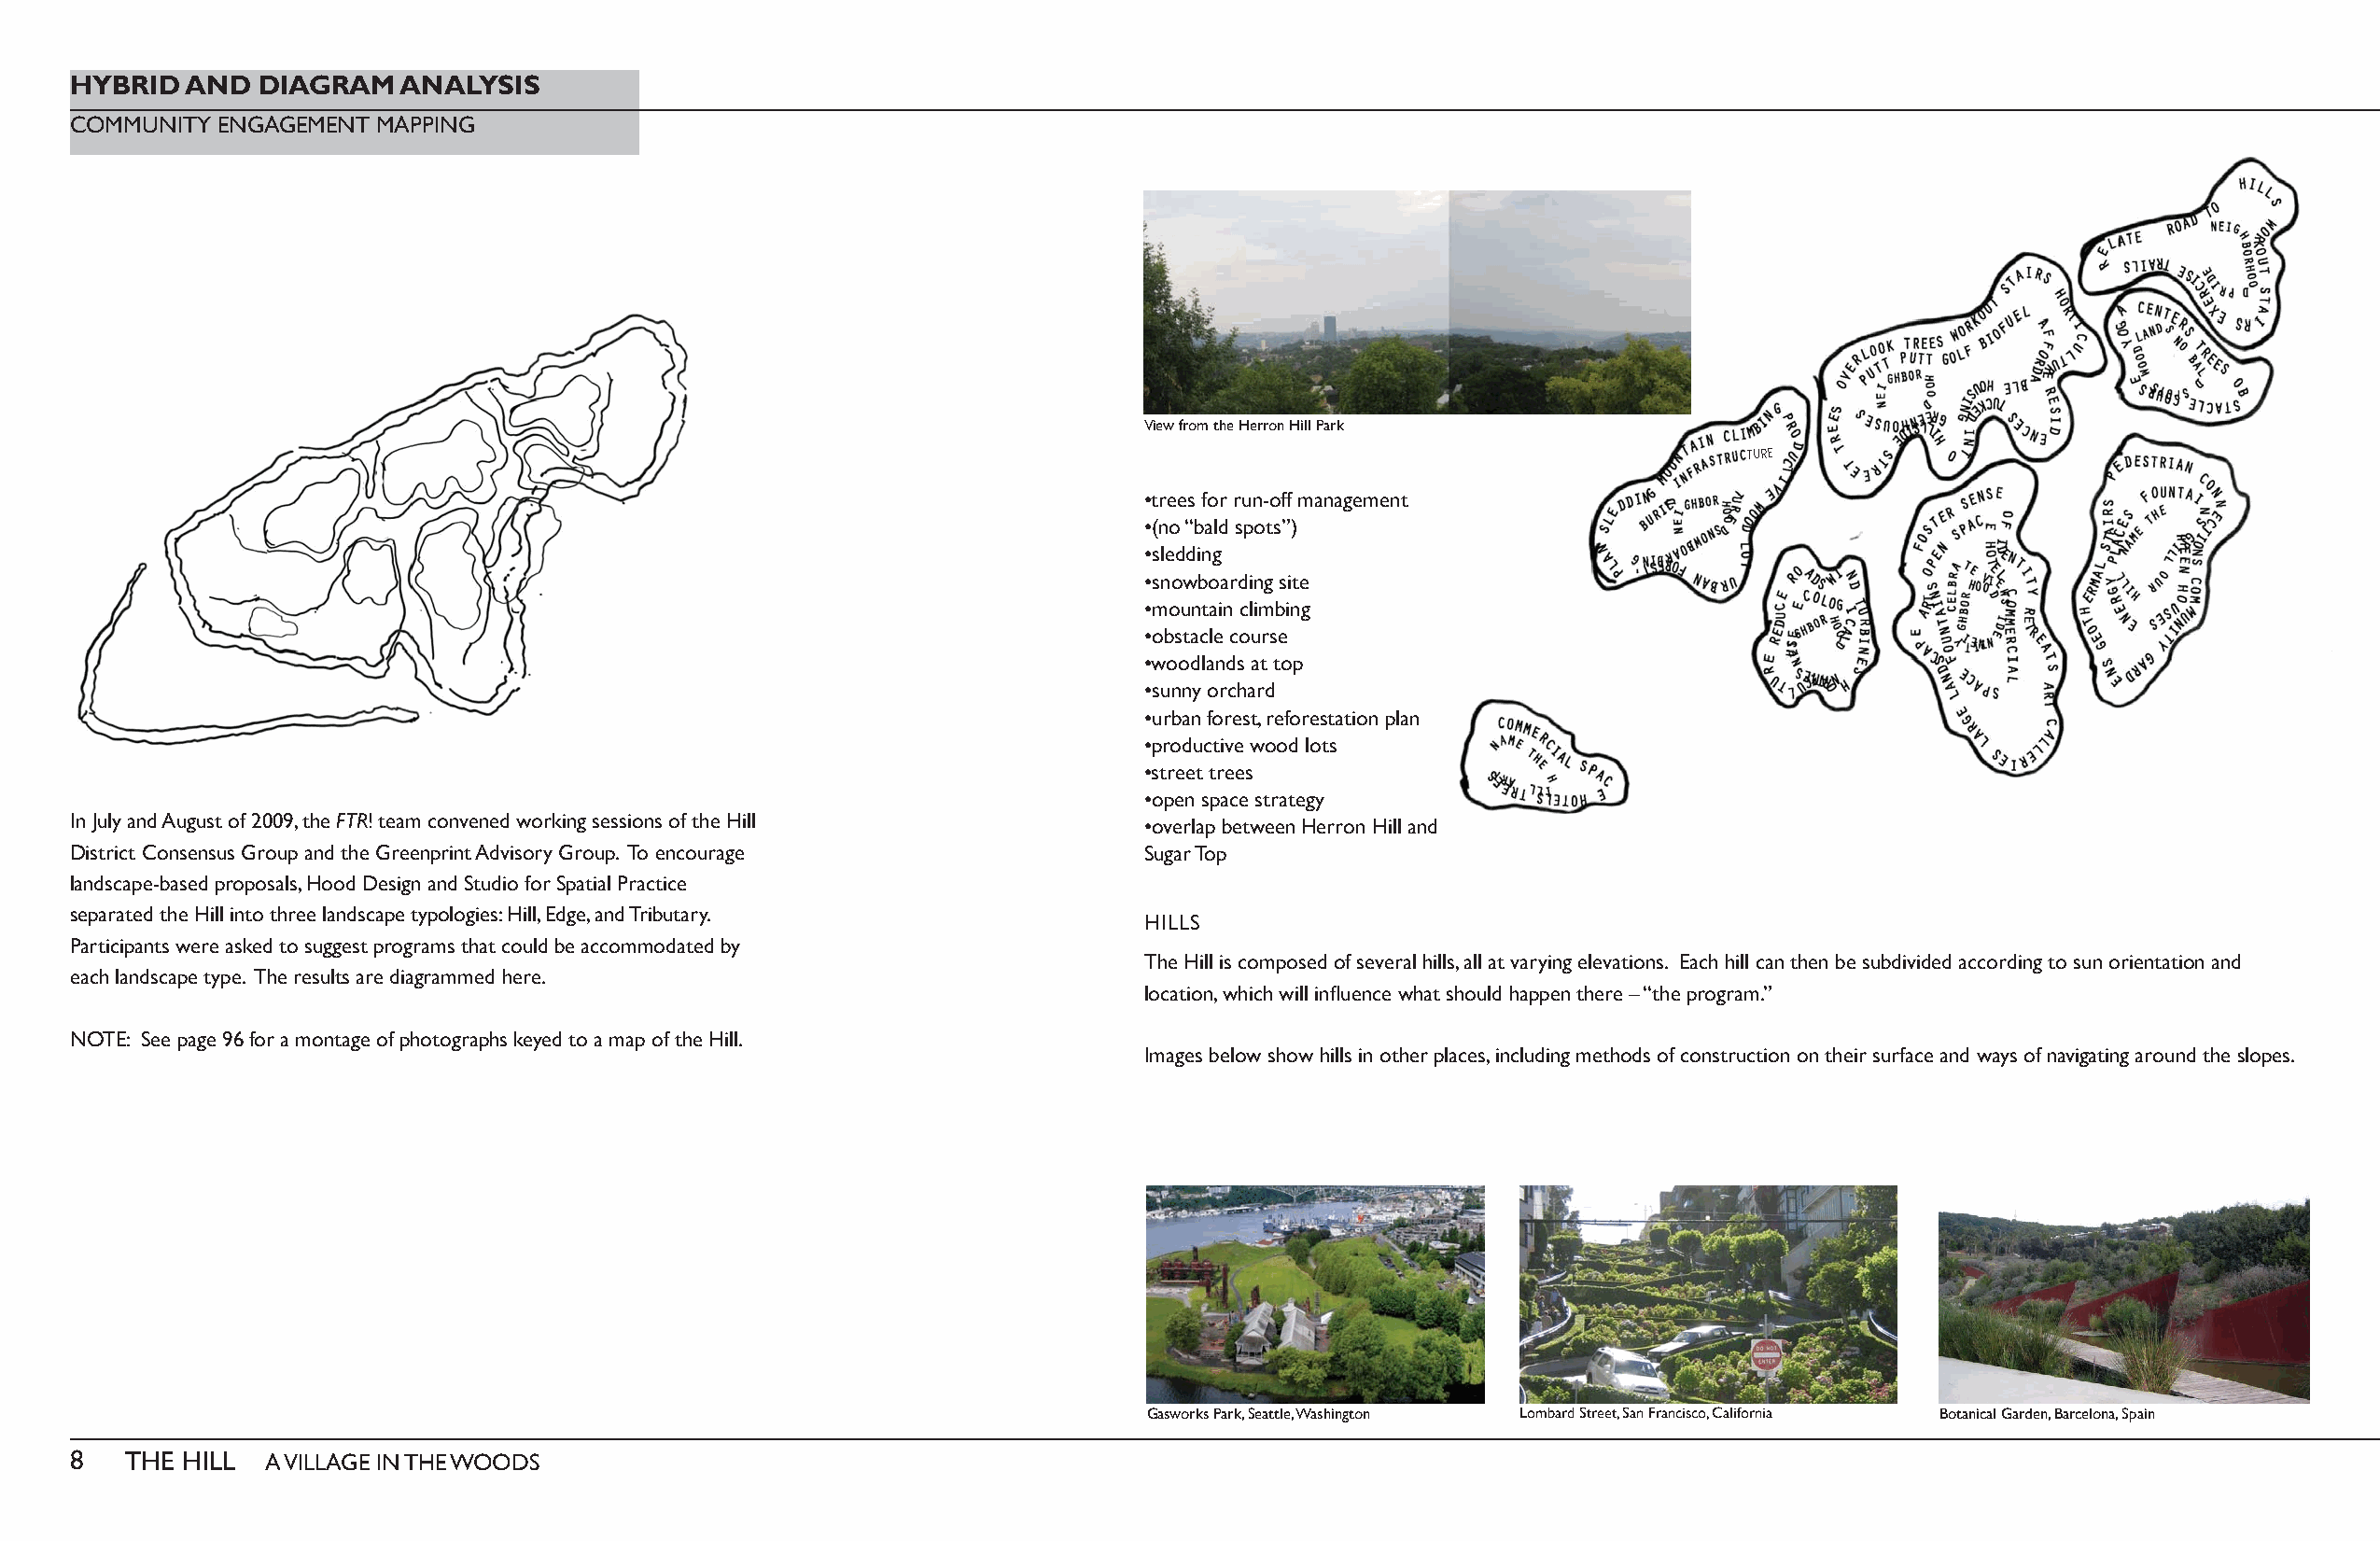
HYBRID  AND  DIAGRAM   ANALYSIS
 COMMUNITY ENGAGEMENT  MAPPING
 View from the Herron Hill Park
 TURE
 •trees for run-off management
 •(no “bald spots”)
 •sledding
 •snowboarding site
 •mountain climbing
 •obstacle course
 •woodlands at top
 •sunny orchard
 •urban forest, reforestation plan
 •productive wood lots
 •street trees
 •open space strategy
 In July and August of 2009, the FTR! team convened working sessions of the Hill •overlap between Herron Hill and
 District Consensus Group and the Greenprint Advisory Group. To encourage    Sugar Top
 landscape-based proposals, Hood Design and Studio for Spatial Practice
 separated the Hill into three landscape typologies: Hill, Edge, and Tributary.
 HILLS
 Participants were asked to suggest programs that could be accommodated by
 The Hill is composed of several hills, all at varying elevations. Each hill can then be subdivided according to sun orientation and
 each landscape type. The results are diagrammed here.
 location, which will infl uence what should happen there – “the program.”
 NOTE: See page 96 for a montage of photographs keyed to a map of the Hill.
 Images below show hills in other places, including methods of construction on their surface and ways of navigating around the slopes.
 Gasworks Park, Seattle, Washington Lombard Street, San Francisco, California Botanical Garden, Barcelona, Spain
 8   THE HILL  A VILLAGE IN THE WOODS